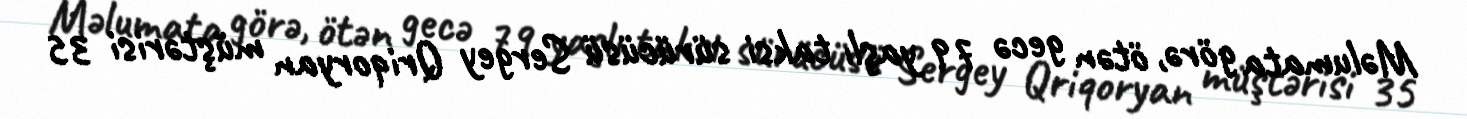
Məlumata görə, ötən gecə 79 yaşlı taksi sürücüsü Sergey Qriqoryan müştərisi 35